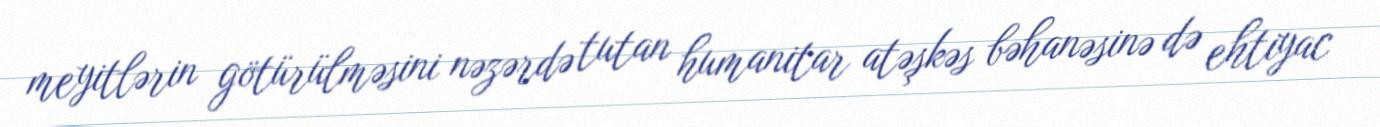
meyitlərin götürülməsini nəzərdə tutan humanitar atəşkəs bəhanəsinə də ehtiyac